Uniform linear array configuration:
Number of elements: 12
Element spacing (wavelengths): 0.25
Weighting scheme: hann
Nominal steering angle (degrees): -15
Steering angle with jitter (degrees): -16.55
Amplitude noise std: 0.05
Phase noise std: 0.05

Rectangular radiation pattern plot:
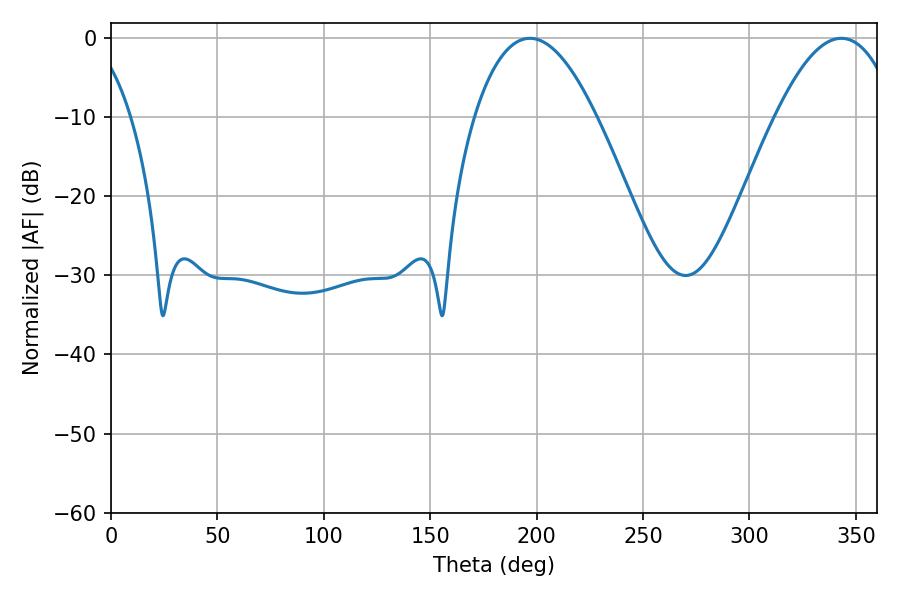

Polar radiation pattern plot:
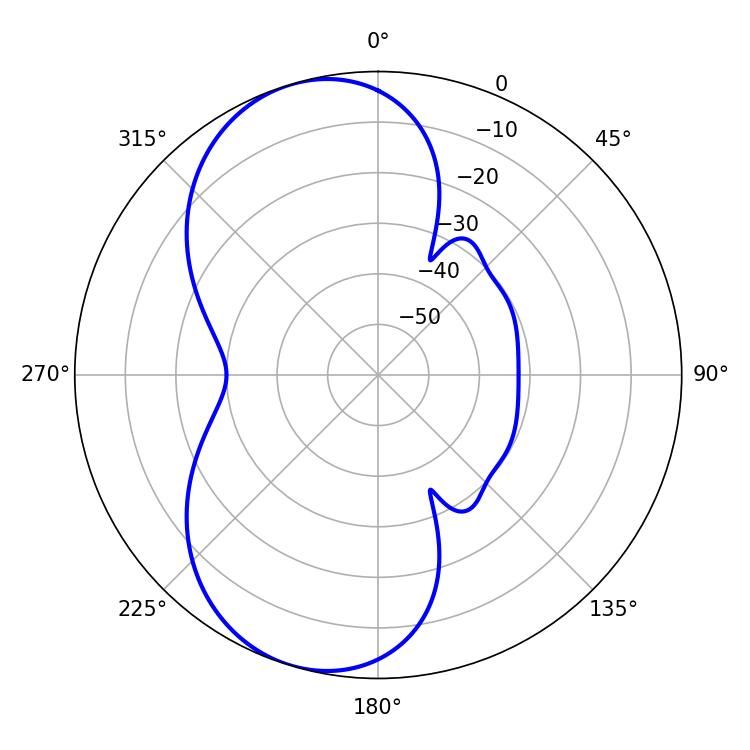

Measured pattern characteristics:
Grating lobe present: FALSE
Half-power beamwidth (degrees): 31.5
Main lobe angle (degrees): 196.92